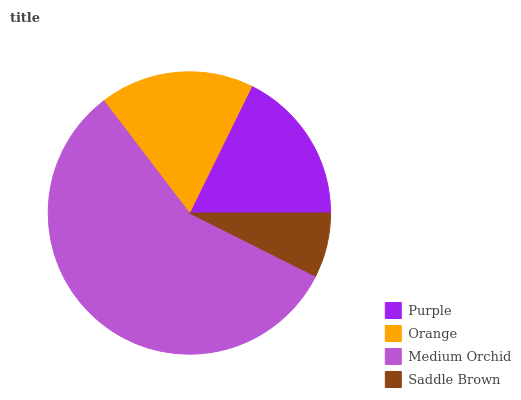
| Purple | Orange | Medium Orchid | Saddle Brown |
 | --- | --- | --- | --- |
 | 17.7% | 17.7% | 57.3% | 7.38% |